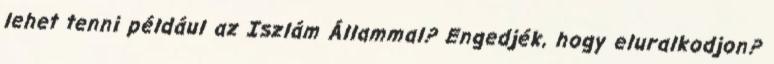
lehet tenni például az Iszlám Állammal? Engedjék, hogy eluralkodjon?